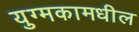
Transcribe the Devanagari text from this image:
युग्मकामधील